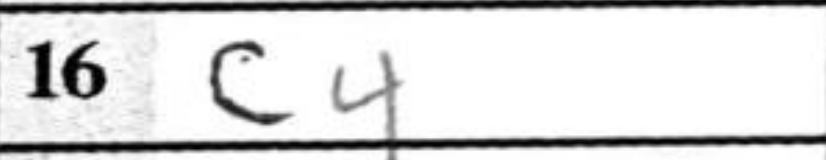
Transcription: c4